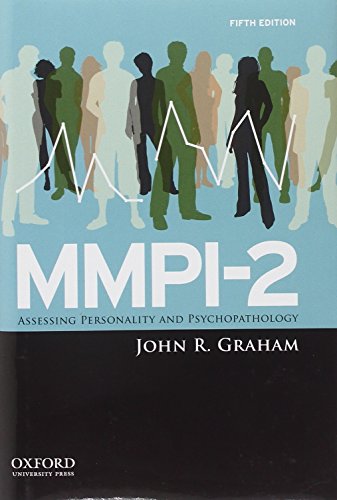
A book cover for MMPI-2: Assessing Personality and Psychopathology; John R. Graham; Medical Books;